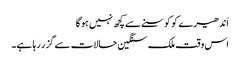
اَندھیر ے کو کوسنے سے کچھ نہیں ہوگا
اس وقت ملک سنگین حالات سے گزر رہا ہے۔